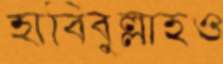
হাবিবুল্লাহও